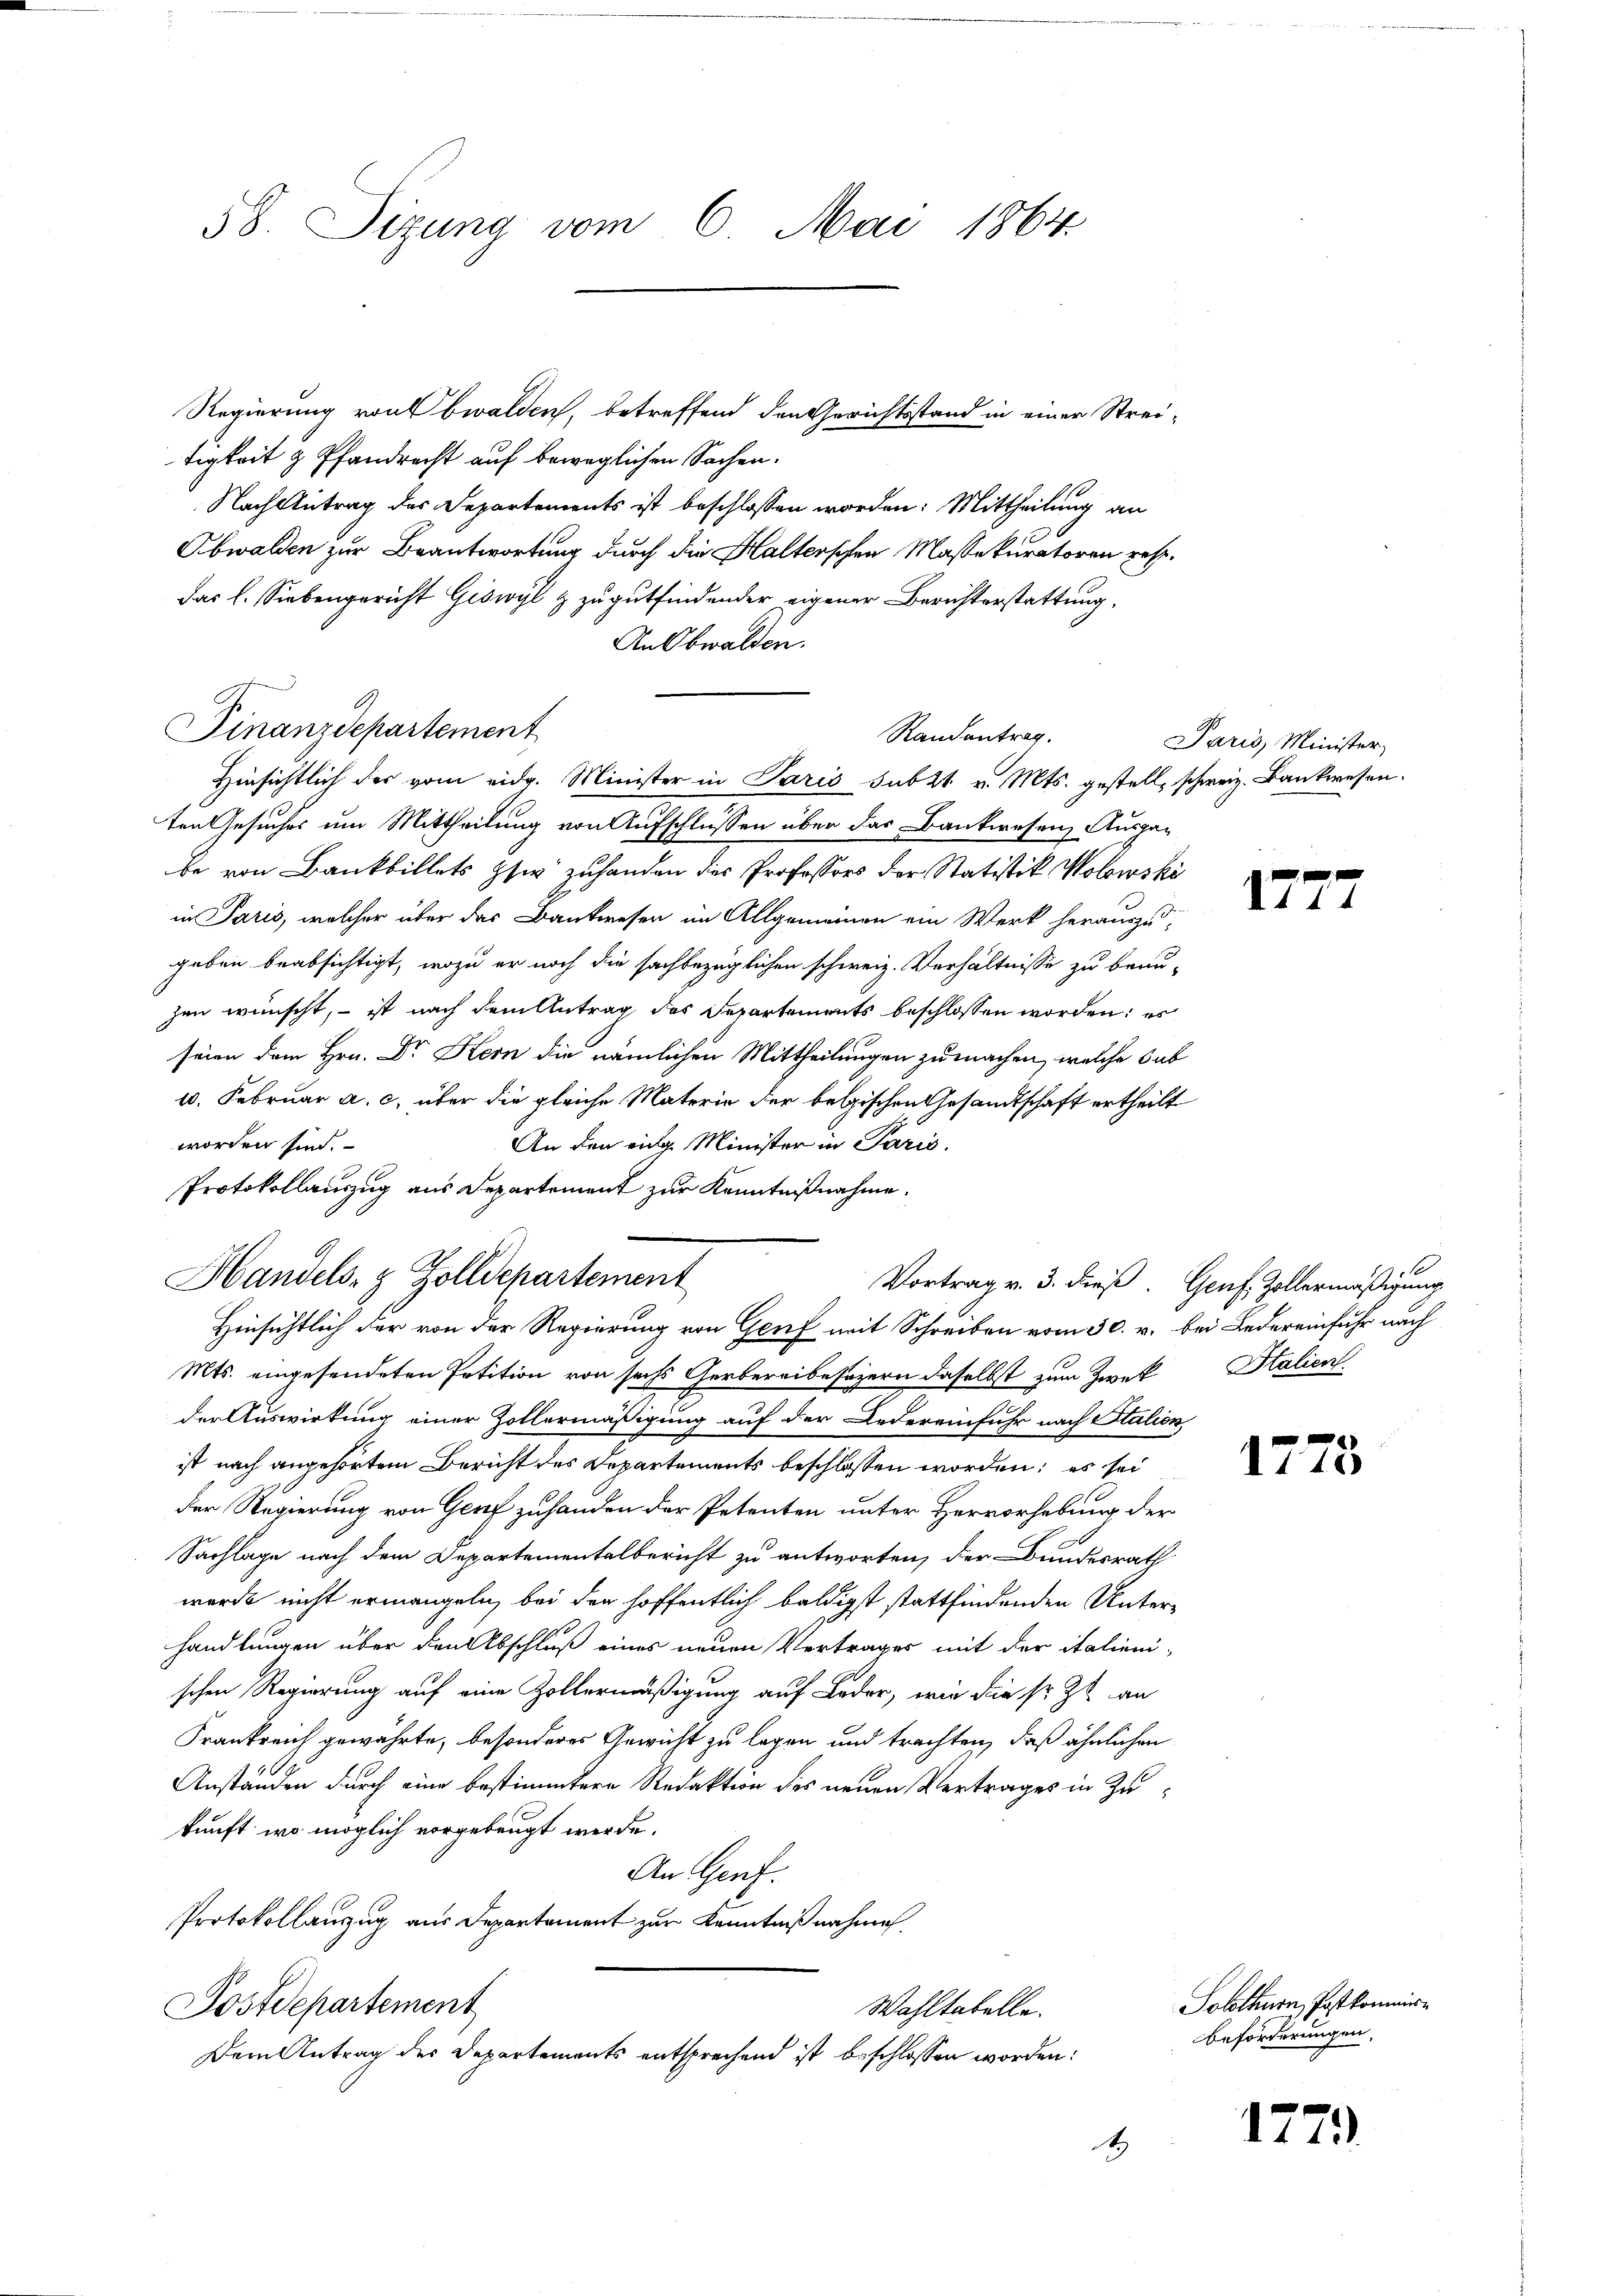
58. Sizung vom 6. Mai 1864

Regierung von Obwalden, betreffend den Gerichtsstand in einer Streitigkeit & Pfandrecht auf beweglichen Sachen.
Nach Antrag des Departements ist beschlossen worden: Mittheilung an
Obwalden zur Beantwortung durch die Halterschen Massekuratoren resp.
Das l. Siebengericht Giswyl & zu gutfindender eigener Berichterstattung,
An Obwalden.
Finanzdepartement
Hinsichtlich des vom eidg. Minister in Paris sub 2t v. Mts. gestell, schweiz. Bankwesen.
ten Gesuches um Mittheilung von Aufschlüssen über das Bankwesen, Ausgabe von Bankbillets zw zuhanden des Professors der Statistik Wolowski
in Paris, welcher über das Bankwesen im Allgemeinen ein Werk herauszugeben beabsichtigt, wozu er noch die sachbezüglichen schweiz. Verhältnisse zu beau-
zen wünscht, – ist nach dem Antrag des Separtements beschlossen worden; es
seien dem Hrn. Dr. Kern die nämlichen Mittheilungen zu machen, welche sub
10. Februar a. c. über die gleiche Materie der belgischen Gesandtschaft ertheilt
worden sind.
An den eidg. Minister in Paris.
Protokollauszug aus Departement zur Kenntnißnahme.
Handels- & Zolldepartement
Hinsichtlich der von der Regierung von Genf mit Schreiben vom 30. v. bei Ledereinfuhr nach
Mts. eingesendeten Petition von sechs Gerbereibesezern daselbst zum Zweck
der Auswirkung einer Zollermäßigung auf der Ledereinfuhr nach Station,
ist nach angehörtem Bericht des Departements beschlossen worden; es sei
der Regierung von Genf zuhanden der Petenten unter Hervorhebung der
Sachlage nach dem Departementalbericht zu antworten, der Bundesrath
wurde nicht ermangeln, bei der hoffentlich baldigst stattfindenden Unterhandlungen über den Abschluß eines neuen Vertrages mit der italieni-
schen Regierung auf eine Zollermäßigung auf Leder, wie die sr. Zu an
Frankreich gewährte, besonderes Gewicht zu legen und trachten, daß ähnlichen
Anständen durch eine bestimmtere Redaktion des neuen Vertrages in Zukunft, wo möglich vorgebeugt werde.
An Genf.
Protokollauszug aus Departement zur Kenntnißnahme.
Postdepartement
Wahltabelle.
Dem Antrag des Departements entsprechend ist beschlossen worden:
4

Randantrag.

Vortrag v. 3. dieß. Genf, Zollermäßigung

Paris, Minister,

xx
111

Italien.

e
1175

Solothurn Postkommis¬
Beförderungen.

1779.